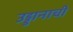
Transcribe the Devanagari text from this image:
उड्डानाची